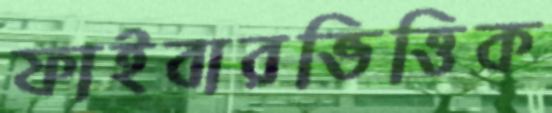
ফাইবারভিত্তিক